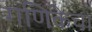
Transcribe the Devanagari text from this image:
गणिकेचा